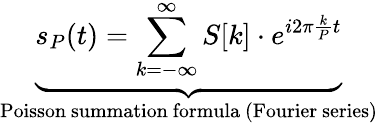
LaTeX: \underbrace{s_{P}(t)=\sum_{k=-\infty}^{\infty}S[k]\cdot e^{i2\pi{\frac{k}{P}}t}}_{\mathrm{Poisson~summation~formula~(Fourier~series)}}